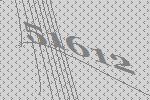
51612